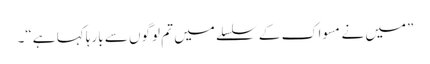
”میں نے مسواک کے سلسلے میں تم لوگوں سے بارہا کہا ہے“۔